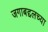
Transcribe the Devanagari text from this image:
जगाबद्दलच्या